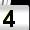
Digit: 4